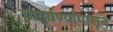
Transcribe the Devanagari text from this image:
चातुर्वर्ण्यापासून